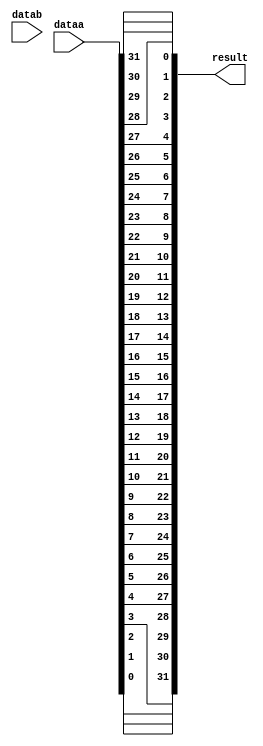
// (C) 2001-2016 Altera Corporation. All rights reserved.
// Your use of Altera Corporation's design tools, logic functions and other 
// software and tools, and its AMPP partner logic functions, and any output 
// files any of the foregoing (including device programming or simulation 
// files), and any associated documentation or information are expressly subject 
// to the terms and conditions of the Altera Program License Subscription 
// Agreement, Altera MegaCore Function License Agreement, or other applicable 
// license agreement, including, without limitation, that your use is for the 
// sole purpose of programming logic devices manufactured by Altera and sold by 
// Altera or its authorized distributors.  Please refer to the applicable 
// agreement for further details.


//Legal Notice: (C)2010 Altera Corporation. All rights reserved.  Your
//use of Altera Corporation's design tools, logic functions and other
//software and tools, and its AMPP partner logic functions, and any
//output files any of the foregoing (including device programming or
//simulation files), and any associated documentation or information are
//expressly subject to the terms and conditions of the Altera Program
//License Subscription Agreement or other applicable license agreement,
//including, without limitation, that your use is for the sole purpose
//of programming logic devices manufactured by Altera and sold by Altera
//or its authorized distributors.  Please refer to the applicable
//agreement for further details.

// synthesis translate_off
`timescale 1ns / 1ps
// synthesis translate_on

// turn off superfluous verilog processor warnings 
// altera message_level Level1 
// altera message_off 10034 10035 10036 10037 10230 10240 10030 

module bitswap_qsys (
                      // inputs:
                       dataa,
                       datab,

                      // outputs:
                       result
                    )
;

  output  [ 31: 0] result;
  input   [ 31: 0] dataa;
  input   [ 31: 0] datab;

  wire    [ 31: 0] result;
  //s1, which is an e_custom_instruction_slave
  assign result[31] = dataa[0];
  assign result[30] = dataa[1];
  assign result[29] = dataa[2];
  assign result[28] = dataa[3];
  assign result[27] = dataa[4];
  assign result[26] = dataa[5];
  assign result[25] = dataa[6];
  assign result[24] = dataa[7];
  assign result[23] = dataa[8];
  assign result[22] = dataa[9];
  assign result[21] = dataa[10];
  assign result[20] = dataa[11];
  assign result[19] = dataa[12];
  assign result[18] = dataa[13];
  assign result[17] = dataa[14];
  assign result[16] = dataa[15];
  assign result[15] = dataa[16];
  assign result[14] = dataa[17];
  assign result[13] = dataa[18];
  assign result[12] = dataa[19];
  assign result[11] = dataa[20];
  assign result[10] = dataa[21];
  assign result[9] = dataa[22];
  assign result[8] = dataa[23];
  assign result[7] = dataa[24];
  assign result[6] = dataa[25];
  assign result[5] = dataa[26];
  assign result[4] = dataa[27];
  assign result[3] = dataa[28];
  assign result[2] = dataa[29];
  assign result[1] = dataa[30];
  assign result[0] = dataa[31];

endmodule